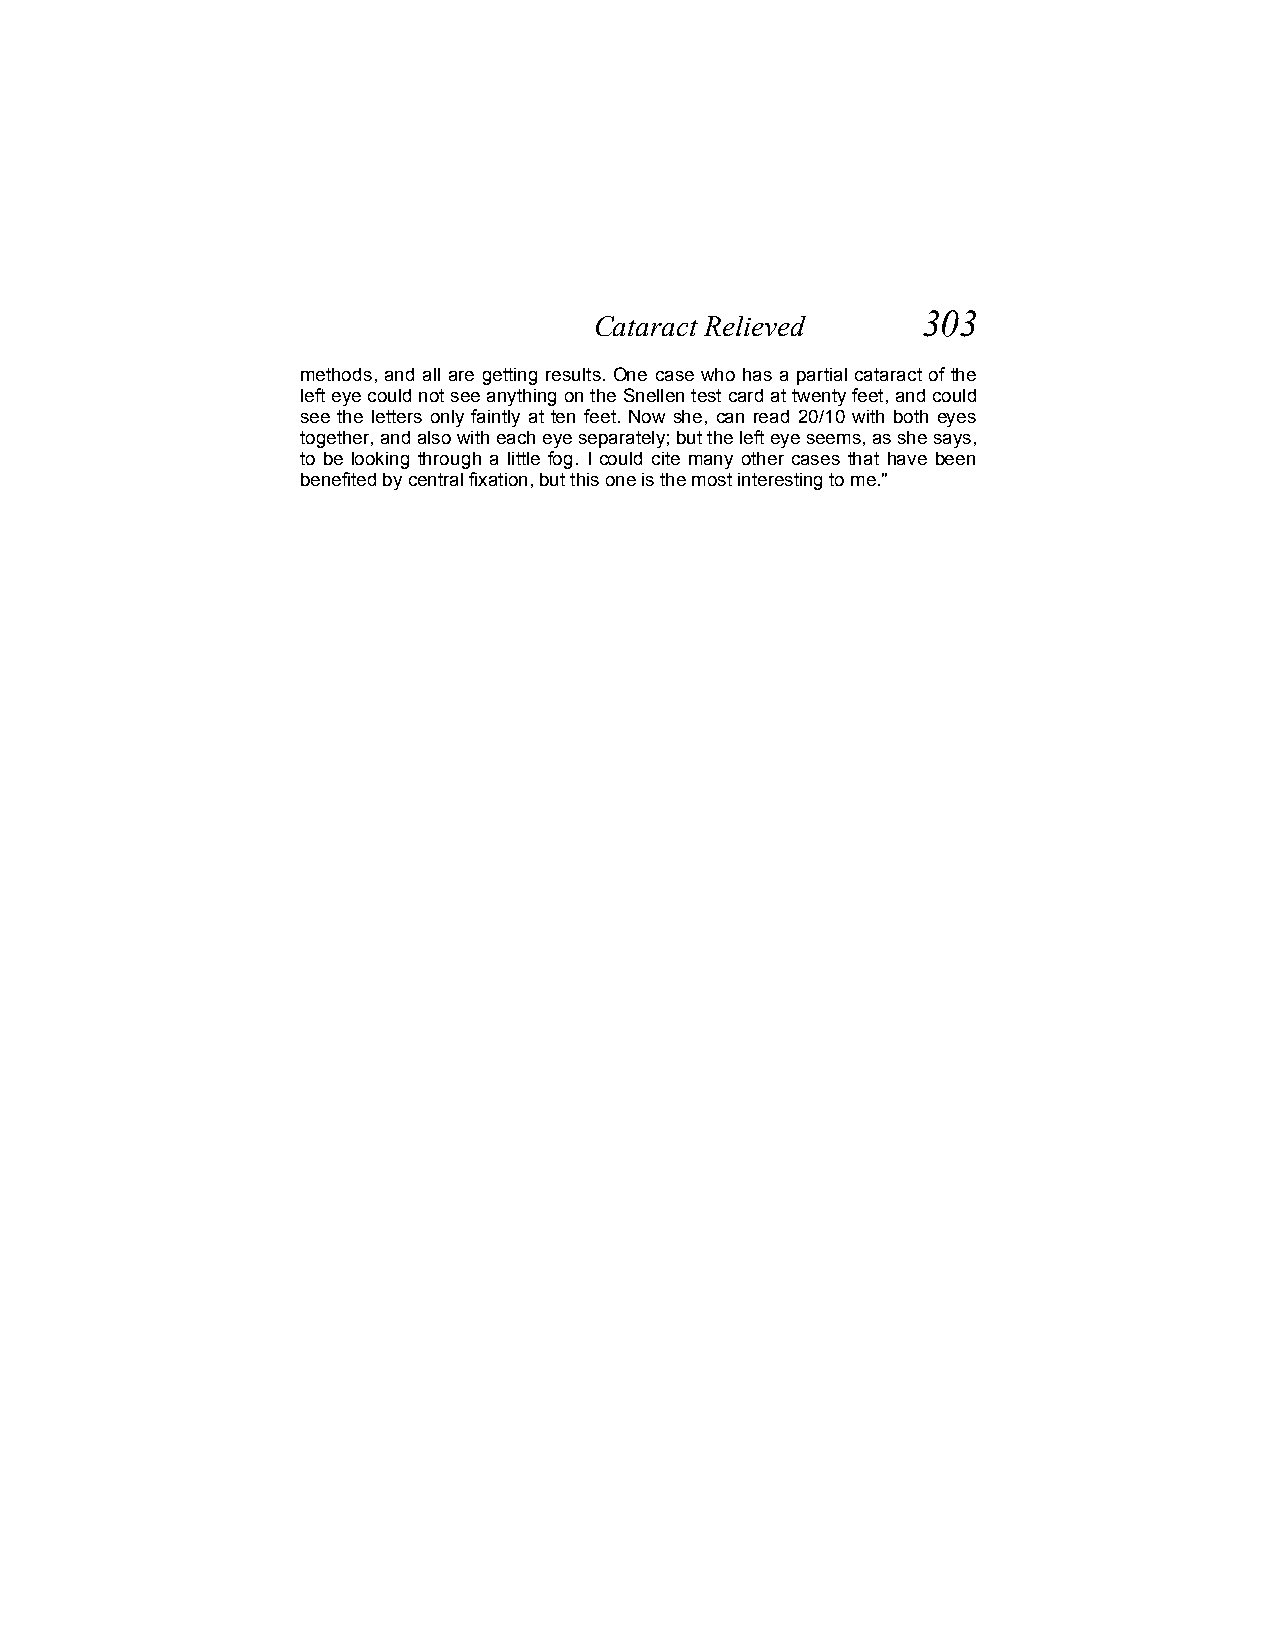
303
 Cataract Relieved
 methods, and all are getting results. One case who has a partial cataract of the
 left eye could not see anything on the Snellen test card at twenty feet, and could
 see the letters only faintly at ten feet. Now she, can read 20/10 with both eyes
 together, and also with each eye separately; but the left eye seems, as she says,
 to be looking through a little fog. I could cite many other cases that have been
 benefited by central fixation, but this one is the most interesting to me."